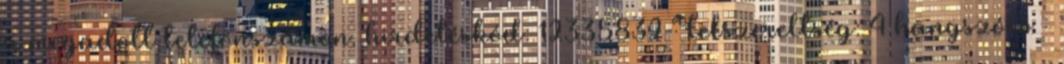
a megadott telefonszámon. hirdetéskód: 12335832 Felszereltség: 4 hangszóró –